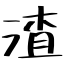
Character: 渣